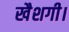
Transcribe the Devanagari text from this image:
खैशगी।